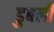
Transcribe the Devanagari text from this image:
डुबली